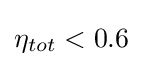
\eta _{tot}<0.6